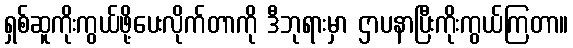
ရှစ်ဆူကိုးကွယ်ဖို့ပေးလိုက်တာကို ဒီဘုရားမှာ ဌာပနာပြီးကိုးကွယ်ကြတာ။